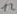
Text: 12